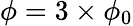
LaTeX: \phi=3\times\phi_{0}